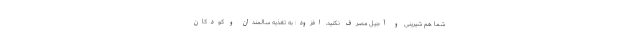
شما هم شیرینی و آجیل مصرف نکنید، افزود: به تغذیه سالمندان و کودکان